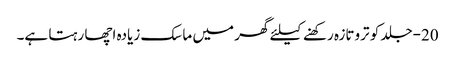
20-جلد کو تروتازہ رکھنے کیلئے گھر میں ماسک زیادہ اچھا رہتا ہے۔